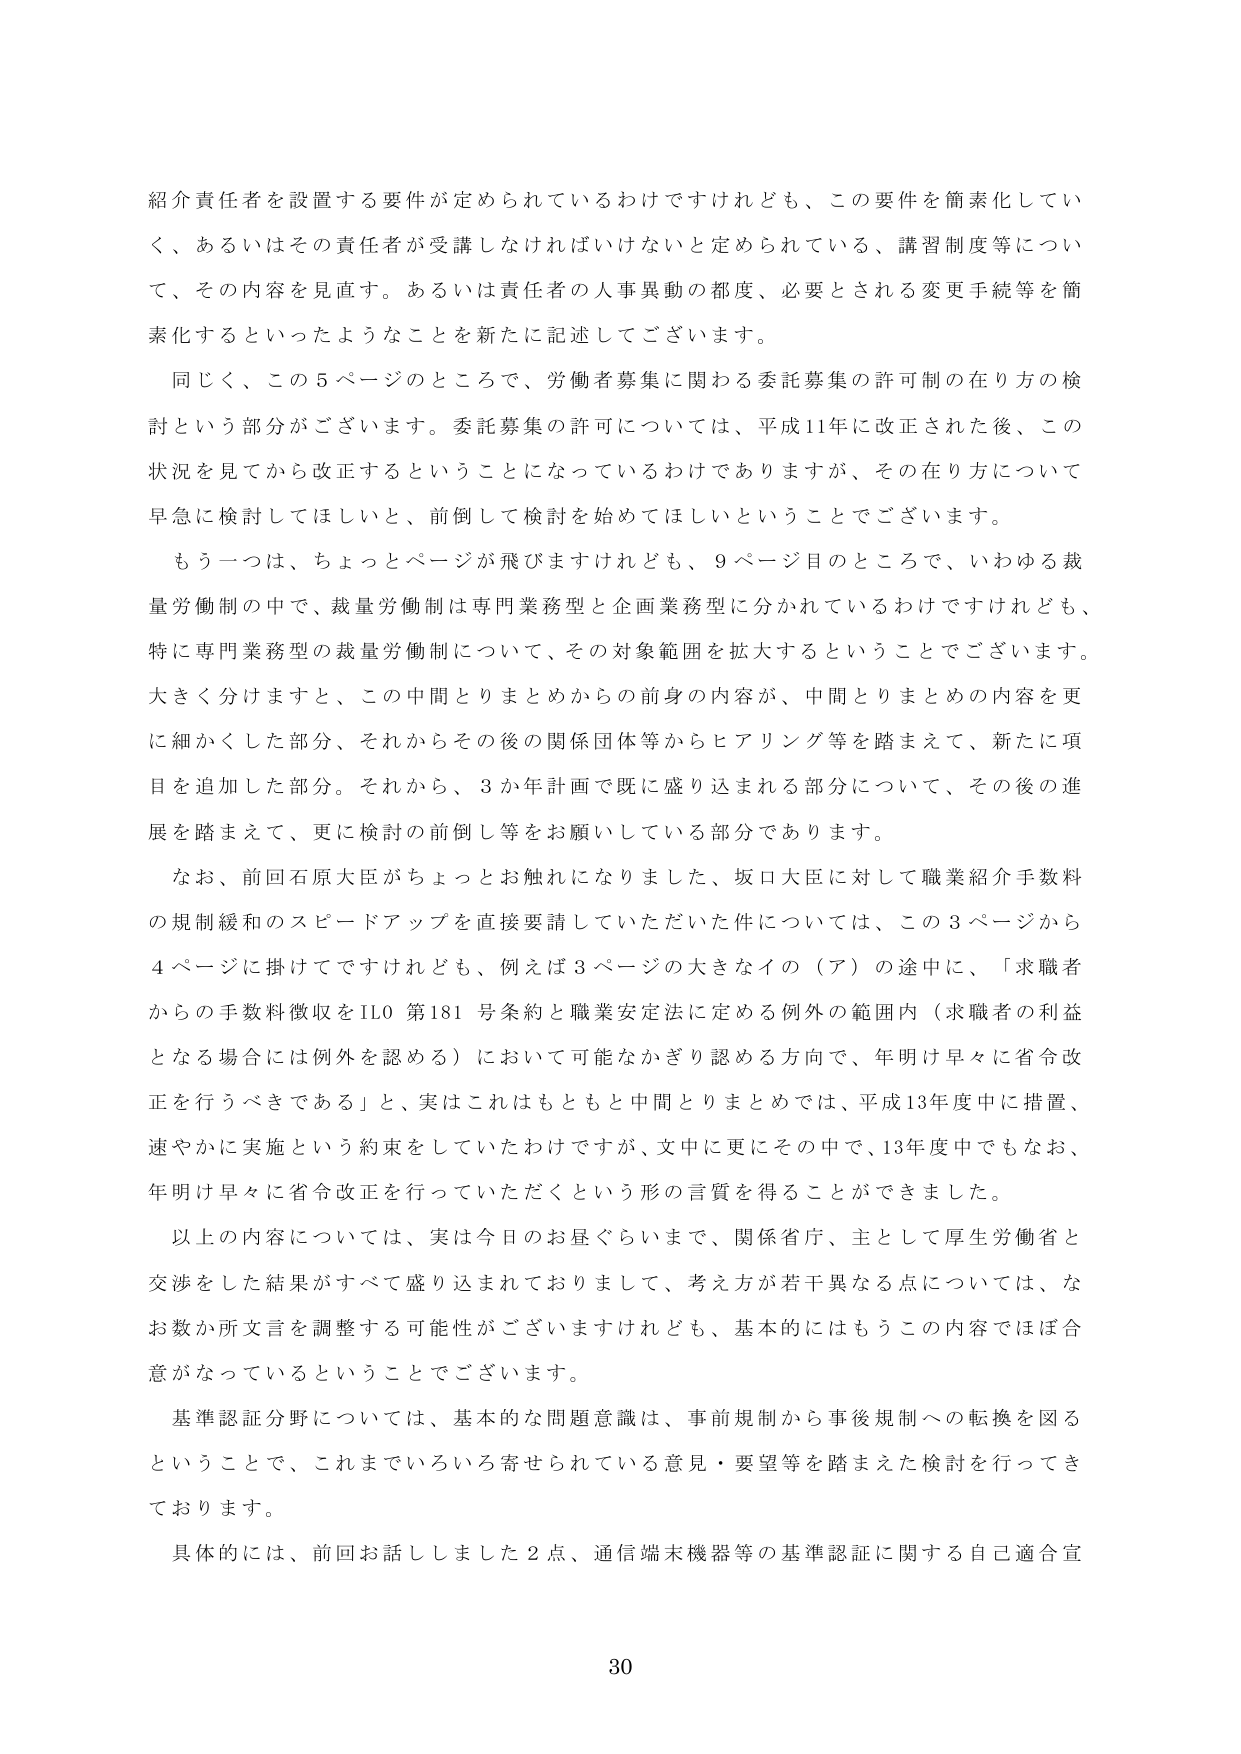
紹介責任者を設置する要件が定められているわけですがけれども、この要件を簡素化してい
く、あるいはその責任者が受講しなければいけないと定められている、講習制度等につい
て、その内容を見直す。あるいは責任者の人事異動の都度、必要とされる変更手続等を簡
素化するといったようなことを新たに記述してございます。

同じく、この５ページのところで、労働者募集に関わる委託募集の許可制の在り方の検
討という部分がございます。委託募集の許可については、平成11年に改正された後、この
状況を見てから改正するということになっているわけですが、その在り方について
早急に検討してほしいと、前倒して検討を始めてほしいということでございます。

もう一つは、ちょっとページが飛びますけれども、９ページ目のところで、いわゆる裁
量労働制の中で、裁量労働制は専門業務型と企画業務型に分かれているわけですがけれども、
特に専門業務型の裁量労働制について、その対象範囲を拡大するということでございます。
大きく分けますと、この中間とりまとめからの前身の内容が、中間とりまとめの内容を更
に細かくした部分、それからその後の関係団体等からヒアリング等を踏まえて、新たに項
目を追加した部分。それから、３か年計画で既に盛り込まれる部分について、その後の進
展を踏まえて、更に検討の前倒し等をお願いしている部分であります。

なお、前回石原大臣がちょっとお触れになりました、坂口大臣に対して職業紹介手数料
の規制緩和のスピードアップを直接要請していただいた件については、この３ページから
４ページに掛けてですけれども、例えば３ページの大きなイの（ア）の途中に、「求職者
からの手数料徴収はILO第181号条約と職業安定法に定める例外の範囲内（求職者の利益
となる場合には例外を認める）において可能なかぎり認める方向で、年明け早々に省令改
正を行うべきである」と、実はこれはもともと中間とりまとめでは、平成13年度中に措置、
速やかに実施という約束をしていたわけですが、文中に更にその中で、13年度中でもなお、
年明け早々に省令改正を行っていただくという形の言質を得ることができました。

以上の内容については、実は今日のお昼ぐらいまで、関係省庁、主として厚生労働省と
交渉をした結果がすべて盛り込まれておりまして、考え方が若干異なる点については、な
お数か所文言を調整する可能性がございますけれども、基本的にはもうこの内容でほぼ合
意がなっているということでございます。

基準認証分野については、基本的な問題意識は、事前規制から事後規制への転換を図る
ということで、これまでいろいろ寄せられている意見・要望等を踏まえた検討を行ってき
ております。

具体的には、前回お話しました２点、通信端末機器等の基準認証に関する自己適合宣

30